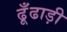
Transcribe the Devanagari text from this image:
ढूँढाड़ी